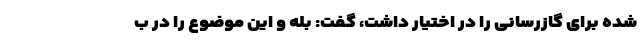
شده برای گازرسانی را در اختیار داشت، گفت: بله و این موضوع را در ب